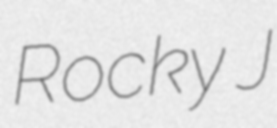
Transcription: Rocky J